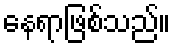
နေရာဖြစ်သည်။